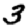
Digit: 3